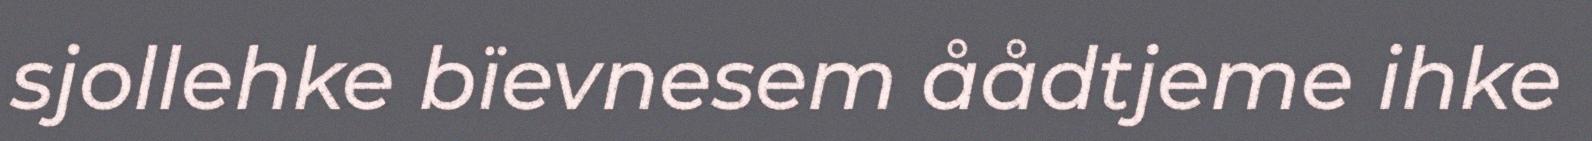
sjollehke bïevnesem åådtjeme ihke